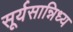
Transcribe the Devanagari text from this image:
सूर्यसान्निध्य